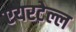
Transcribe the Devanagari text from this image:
एयरटेल्ल